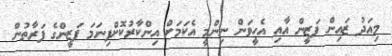
މިއަދު ޒައިން ފަޒީން އާއި އެހީވަން ނިންމީ އެކަމަށް އިންކާރުކޮށްފިނަމަ ފަޒީންގެ ފަރާތުން